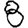
Digit: 8